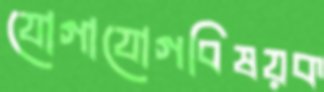
যোগাযোগবিষয়ক